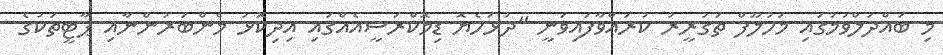
މި ބައްދަލްވުމުގައި މަހުލޫފް ތަގުރީރު ކުރައްވާފައިވަނީ "ދުޅަހެޔޮ ޑިމޮކްރަސީއެއްގައި އިދިކޮޅު މެންބަރުންނާއި ޕާޓީތަކުގެ